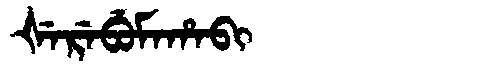
Manchu: ᡧᡝᡵᡝᠪᡠᠮᠠᡥᠠᠪᡳ
Romanization: ŠEREBUMAHABI